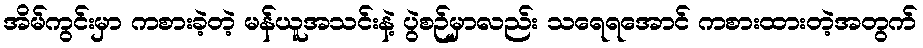
အိမ်ကွင်းမှာ ကစားခဲ့တဲ့ မန်ယူအသင်းနဲ့ ပွဲစဉ်မှာလည်း သရေရအောင် ကစားထားတဲ့အတွက်